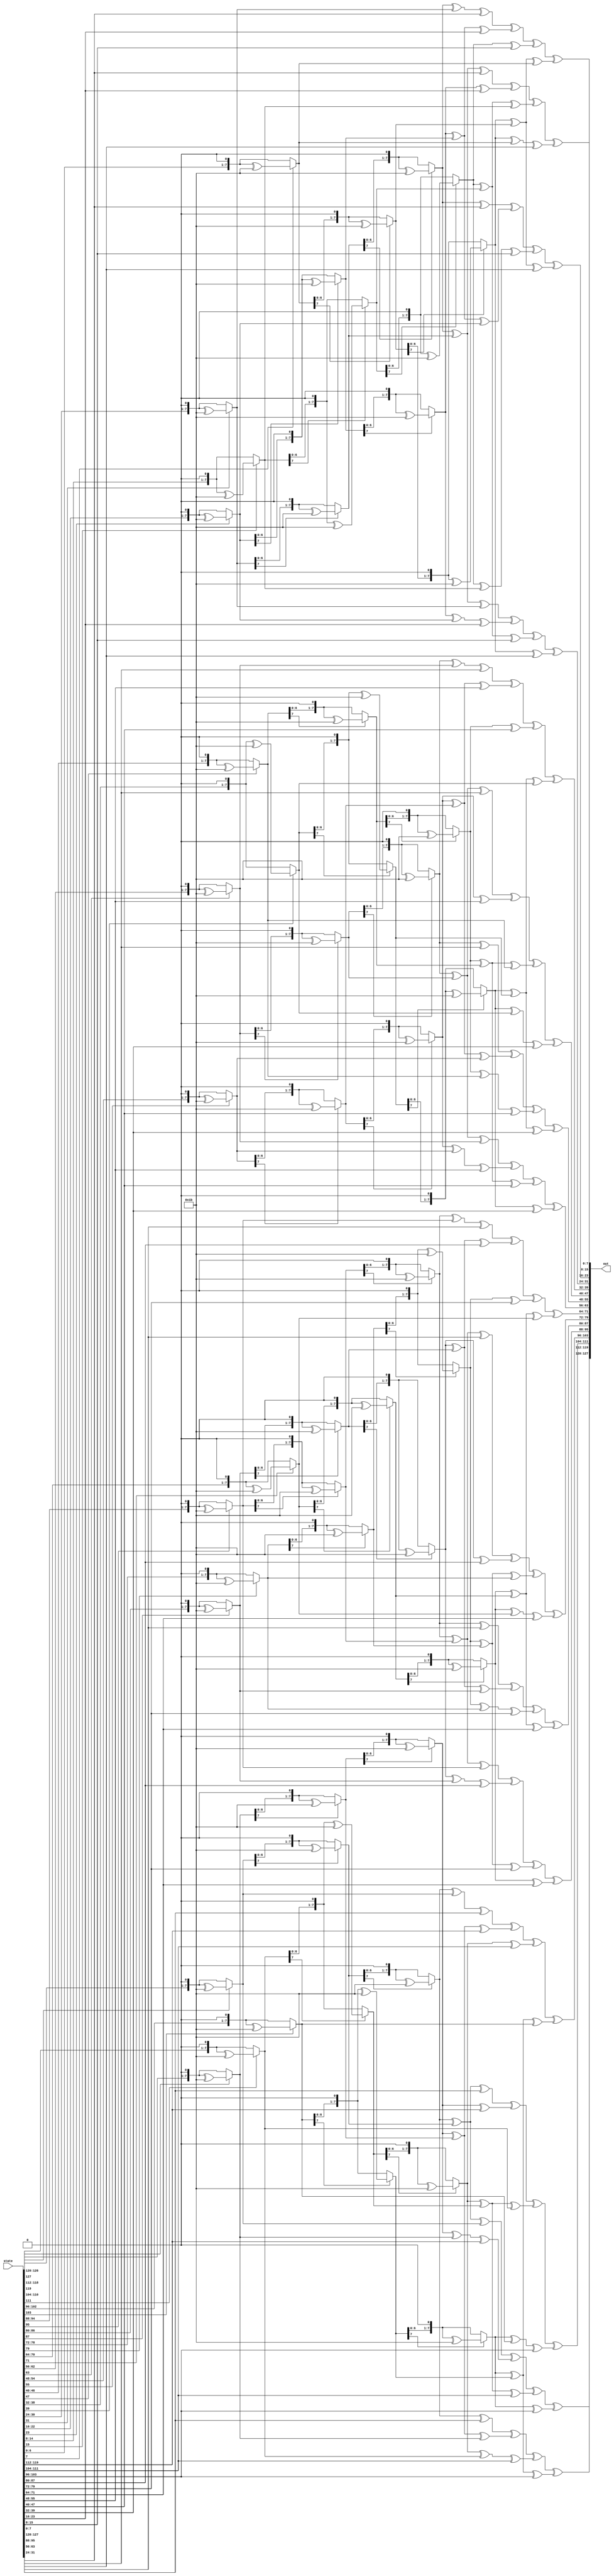
module invMixColumns(input [127:0] state , output reg [127:0] out);
integer i;
integer j;
reg [127:0]temp1;
reg [127:0]temp2;
reg [127:0]temp3;

always @(*)
begin

for ( i=  0 ; i <=24 ;i=i+8) begin :loop
	for( j = 0 ; j <=24 ;j=j+8)begin :loop
		temp1[127-4*i-j-:8]=xtime (state[127-4*i-j-:8]);
		temp2[127-4*i-j-:8]=xtime (temp1[127-4*i-j-:8]);
		temp3[127-4*i-j-:8]=xtime (temp2[127-4*i-j-:8]);
	end

out[127-4*i-:8]=(temp3[127-4*i-:8]^temp2[127-4*i-:8]^temp1[127-4*i-:8])^(temp3[119-4*i-:8]^temp1[119-4*i-:8]^state[119-4*i-:8])^(temp3[111-4*i-:8]^temp2[111-4*i-:8]^state[111-4*i-:8])^(temp3[103-4*i-:8]^state[103-4*i-:8]);
out[119-4*i-:8]= (temp3[127-4*i-:8]^state[127-4*i-:8])^ (temp3[119-4*i-:8]^temp2[119-4*i-:8]^temp1[119-4*i-:8])^(temp3[111-4*i-:8]^temp1[111-4*i-:8]^state[111-4*i-:8])^(temp3[103-4*i-:8]^temp2[103-4*i-:8]^state[103-4*i-:8]);
out[111-4*i-:8]= (temp3[127-4*i-:8]^temp2[127-4*i-:8]^state[127-4*i-:8])^(temp3[119-4*i-:8]^state[119-4*i-:8])^ (temp3[111-4*i-:8]^temp2[111-4*i-:8]^temp1[111-4*i-:8])^(temp3[103-4*i-:8]^temp1[103-4*i-:8]^state[103-4*i-:8]);	
out[103-4*i-:8]=(temp3[127-4*i-:8]^temp1[127-4*i-:8]^state[127-4*i-:8])^(temp3[119-4*i-:8]^temp2[119-4*i-:8]^state[119-4*i-:8])^(temp3[111-4*i-:8]^state[111-4*i-:8])^(temp3[103-4*i-:8]^temp2[103-4*i-:8]^temp1[103-4*i-:8]);

end
end

function [7:0] xtime(input  [7:0] x );

 xtime=(x[7])?(x<<1)^(8'h1b): x<<1 ;
 
endfunction

endmodule